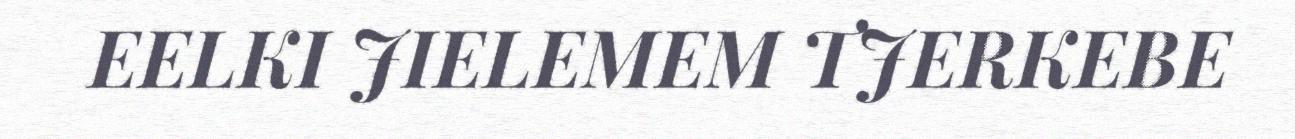
EELKI JIELEMEM TJERKEBE